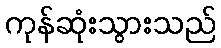
ကုန်ဆုံးသွားသည်